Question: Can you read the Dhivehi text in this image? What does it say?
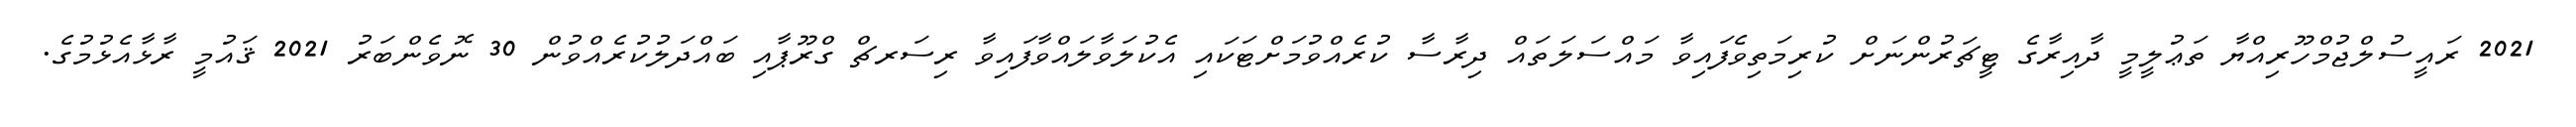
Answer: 2021 ރައީސުލްޖުމްހޫރިއްޔާ ތަޢުލީމީ ދާއިރާގެ ޓީޗަރުންނަށް ކުރިމަތިވެފައިވާ މައްސަލަތައް ދިރާސާ ކުރެއްވުމަށްޓަކައި އެކުލަވާލައްވާފައިވާ ރިސަރޗް ގްރޫޕާއި ބައްދަލުކުރެއްވުން 30 ނޮވެންބަރު 2021 ޤައުމީ ރާޅާއެޅުމުގެ.